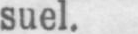
suel.